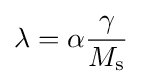
\lambda =\alpha {\frac {\gamma }{M_{\mathrm {s} }}}